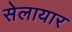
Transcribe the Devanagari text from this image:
सेलायार